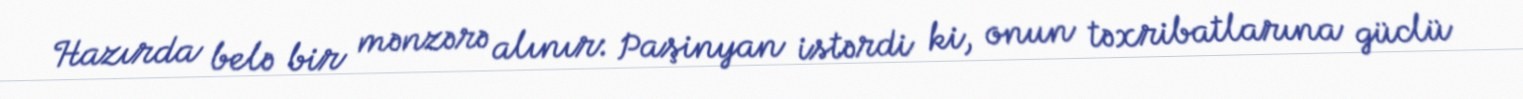
Hazırda belə bir mənzərə alınır: Paşinyan istərdi ki, onun təxribatlarına güclü